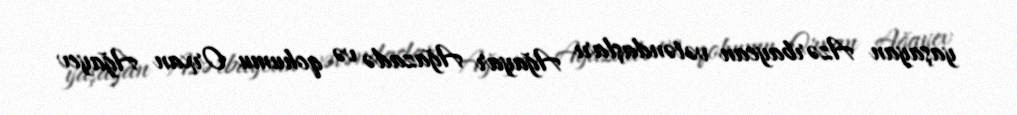
yaşayan Azərbaycan vətəndaşları Ağayar Ağazadə və qohumu Orxan Ağayev